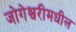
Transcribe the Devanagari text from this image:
जोगेश्वरीमधील